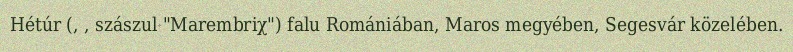
Hétúr (, , szászul "Marembriχ") falu Romániában, Maros megyében, Segesvár közelében.